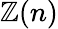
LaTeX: \mathbb{Z}(n)